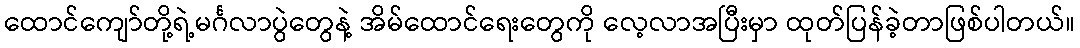
ထောင်ကျော်တို့ရဲ့မင်္ဂလာပွဲတွေနဲ့ အိမ်ထောင်ရေးတွေကို လေ့လာအပြီးမှာ ထုတ်ပြန်ခဲ့တာဖြစ်ပါတယ်။